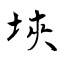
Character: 埉